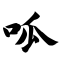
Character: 呱